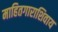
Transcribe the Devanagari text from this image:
माहितगाराशिवाय